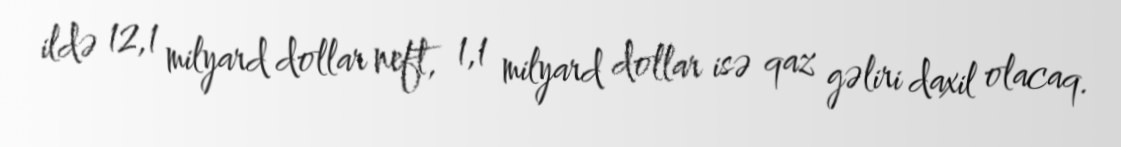
ildə 12,1 milyard dollar neft, 1,1 milyard dollar isə qaz gəliri daxil olacaq.